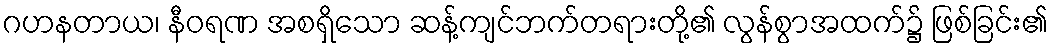
ဂဟနတာယ၊ နီဝရဏ အစရှိသော ဆန့်ကျင်ဘက်တရားတို့၏ လွန်စွာအထက်၌ ဖြစ်ခြင်း၏